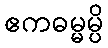
ဧကဓမ္မမ္ပိ